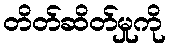
တိတ်ဆိတ်မှုကို